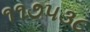
૧૧૭૫૩૮